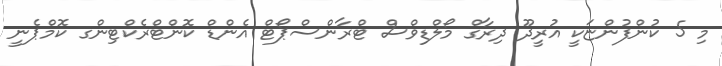
މި 5 ކުންފުންޏަކީ އުރީދޫ ދިރާގް މޯލްޑިވްސް ޓްރާންސްޕޯޓް އެންޑް ކޮންޓްރެކްޓިންގ ކޮމްޕެނީ